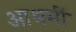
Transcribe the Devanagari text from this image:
आश्रमीं